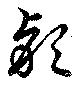
穎